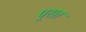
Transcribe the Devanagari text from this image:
पूरात